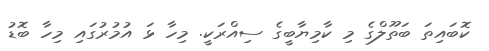
ކޮބައިތަ ބަތޫލްގެ މި ކާމިޔާބީގެ ސިއްރަކީ. މިހާ ޅަ އުމުރުގައި މިހާ ބޮޑު